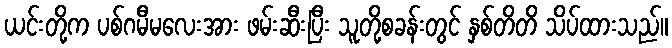
ယင်းတို့က ပစ်ဂမီမလေးအား ဖမ်းဆီးပြီး သူတို့စခန်းတွင် နှစ်တိတိ သိပ်ထားသည်။